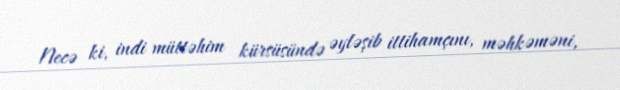
Necə ki, indi müttəhim kürsüsündə əyləşib ittihamçını, məhkəməni,